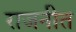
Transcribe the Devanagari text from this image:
राजनीत